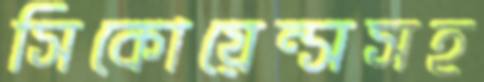
সিকোয়েন্সসহ